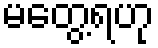
မတွေ့ရဟု